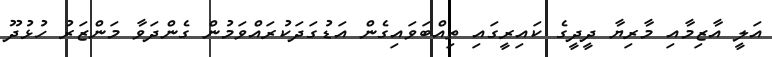
އަލީ އާޒިމާއި މާރިޔާ ދީދީގެ ކައިރީގައި ތިއްބަވައިގެން އަޑުގަދަކުރައްވަމުން ގެންދަވާ މަންޒަރު ހުޅުދޫ